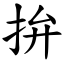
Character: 拚